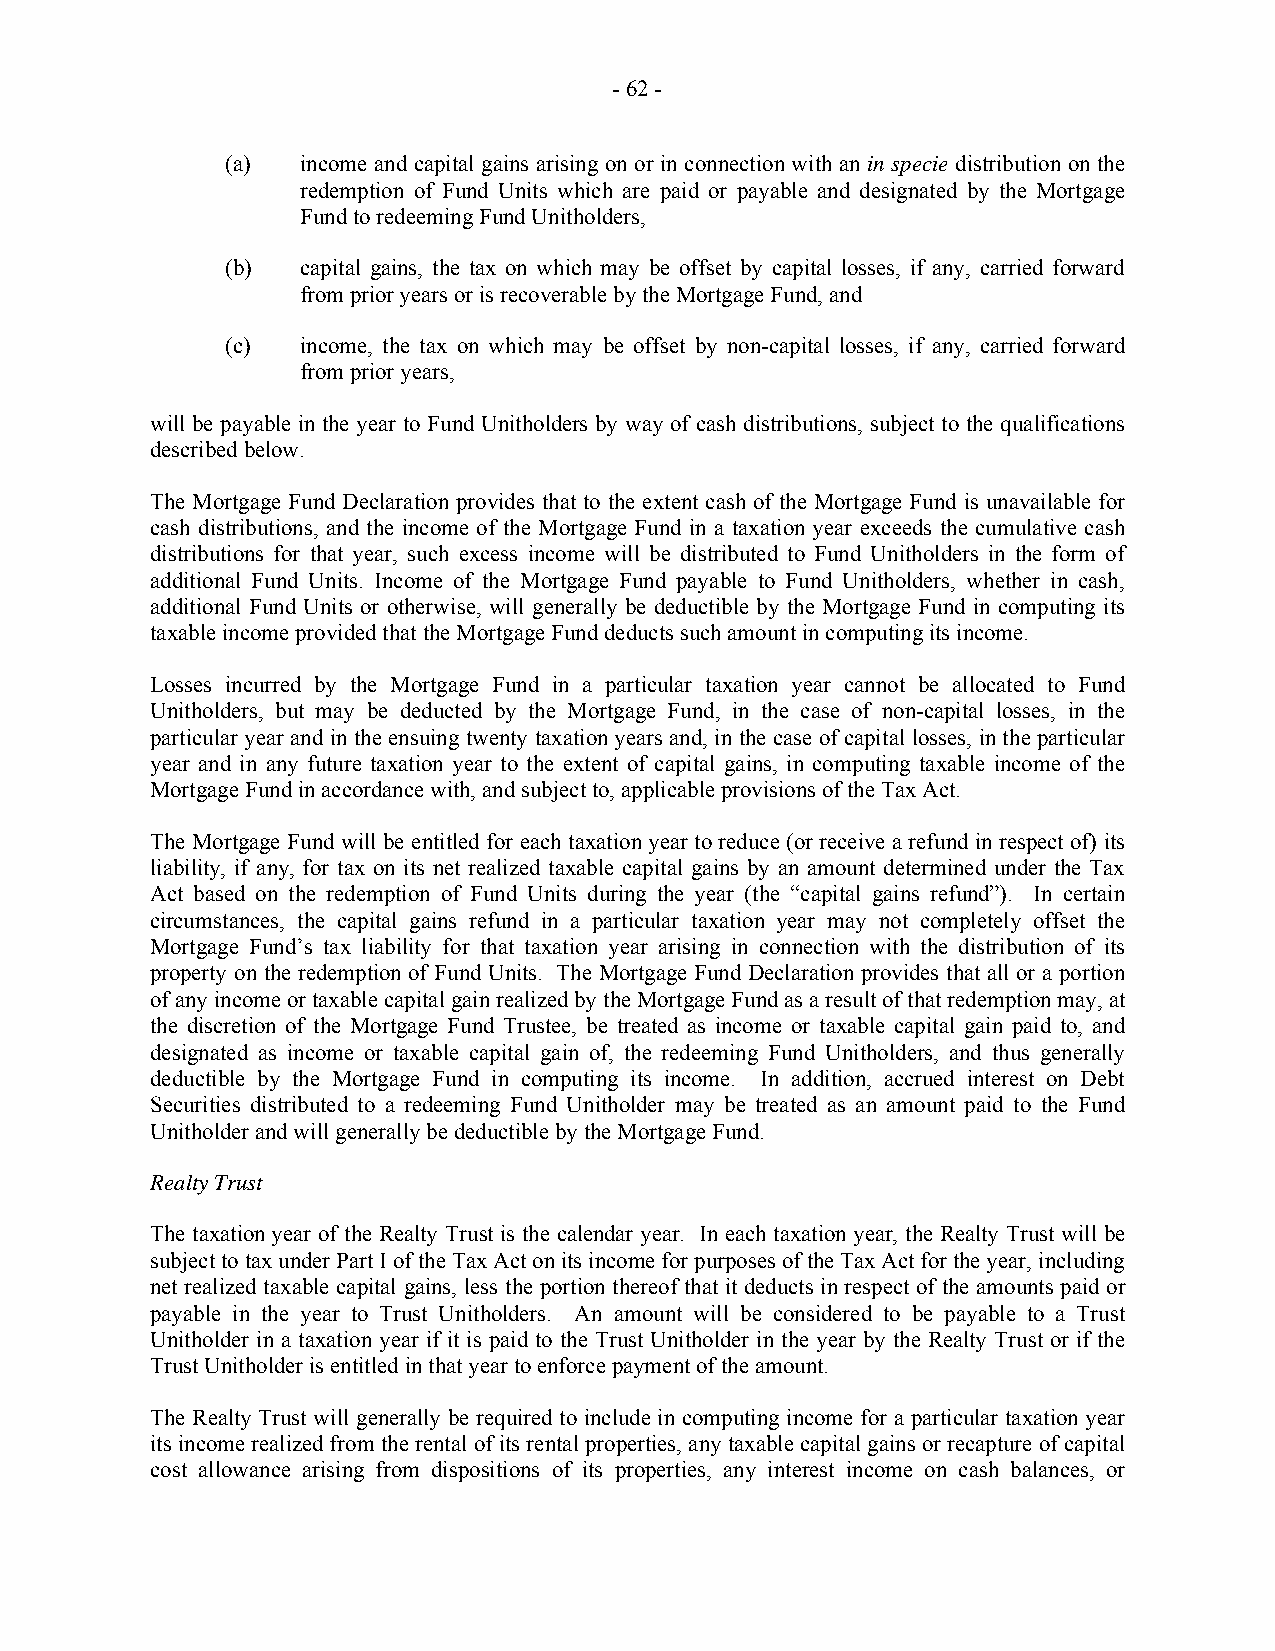
- 62 -
 (a)  income and capital gains arising on or in connection with an in specie distribution on the
 redemption of Fund Units which are paid or payable and designated by the Mortgage
 Fund to redeeming Fund Unitholders,
 (b)  capital gains, the tax on which may be offset by capital losses, if any, carried forward
 from prior years or is recoverable by the Mortgage Fund, and
 (c)  income, the tax on which may be offset by non-capital losses, if any, carried forward
 from prior years,
 will be payable in the year to Fund Unitholders by way of cash distributions, subject to the qualifications
 described below.
 The Mortgage Fund Declaration provides that to the extent cash of the Mortgage Fund is unavailable for
 cash distributions, and the income of the Mortgage Fund in a taxation year exceeds the cumulative cash
 distributions for that year, such excess income will be distributed to Fund Unitholders in the form of
 additional Fund Units. Income of the Mortgage Fund payable to Fund Unitholders, whether in cash,
 additional Fund Units or otherwise, will generally be deductible by the Mortgage Fund in computing its
 taxable income provided that the Mortgage Fund deducts such amount in computing its income.
 Losses incurred by the Mortgage Fund in a particular taxation year cannot be allocated to Fund
 Unitholders, but may be deducted by the Mortgage Fund, in the case of non-capital losses, in the
 particular year and in the ensuing twenty taxation years and, in the case of capital losses, in the particular
 year and in any future taxation year to the extent of capital gains, in computing taxable income of the
 Mortgage Fund in accordance with, and subject to, applicable provisions of the Tax Act.
 The Mortgage Fund will be entitled for each taxation year to reduce (or receive a refund in respect of) its
 liability, if any, for tax on its net realized taxable capital gains by an amount determined under the Tax
 Act based on the redemption of Fund Units during the year (the “capital gains refund”). In certain
 circumstances, the capital gains refund in a particular taxation year may not completely offset the
 Mortgage Fund’s tax liability for that taxation year arising in connection with the distribution of its
 property on the redemption of Fund Units. The Mortgage Fund Declaration provides that all or a portion
 of any income or taxable capital gain realized by the Mortgage Fund as a result of that redemption may, at
 the discretion of the Mortgage Fund Trustee, be treated as income or taxable capital gain paid to, and
 designated as income or taxable capital gain of, the redeeming Fund Unitholders, and thus generally
 deductible by the Mortgage Fund in computing its income. In addition, accrued interest on Debt
 Securities distributed to a redeeming Fund Unitholder may be treated as an amount paid to the Fund
 Unitholder and will generally be deductible by the Mortgage Fund.
 Realty Trust
 The taxation year of the Realty Trust is the calendar year. In each taxation year, the Realty Trust will be
 subject to tax under Part I of the Tax Act on its income for purposes of the Tax Act for the year, including
 net realized taxable capital gains, less the portion thereof that it deducts in respect of the amounts paid or
 payable in the year to Trust Unitholders. An amount will be considered to be payable to a Trust
 Unitholder in a taxation year if it is paid to the Trust Unitholder in the year by the Realty Trust or if the
 Trust Unitholder is entitled in that year to enforce payment of the amount.
 The Realty Trust will generally be required to include in computing income for a particular taxation year
 its income realized from the rental of its rental properties, any taxable capital gains or recapture of capital
 cost allowance arising from dispositions of its properties, any interest income on cash balances, or